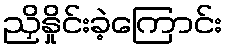
ညှိနှိုင်းခဲ့ကြောင်း